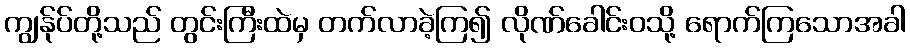
ကျွန်ုပ်တို့သည် တွင်းကြီးထဲမှ တက်လာခဲ့ကြ၍ လိုဏ်ခေါင်းဝသို့ ရောက်ကြသောအခါ